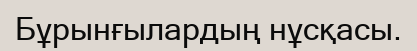
Бұрынғылардың нұсқасы.